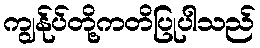
ကျွန်ုပ်တို့ကတိပြုပါသည်